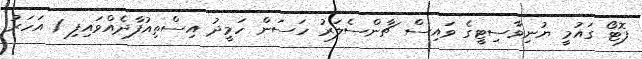
ފޮޓޯ ގައުމީ ޔުނިވާސިޓީގެ ވައިސް ޗާންސެލަރު ހަސަން ހަމީދު އިސްތިއުފާދެއްވައިފި 1 އަހަރު